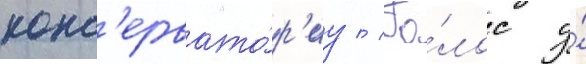
конс'ервато́р'иу // Го́лос у́